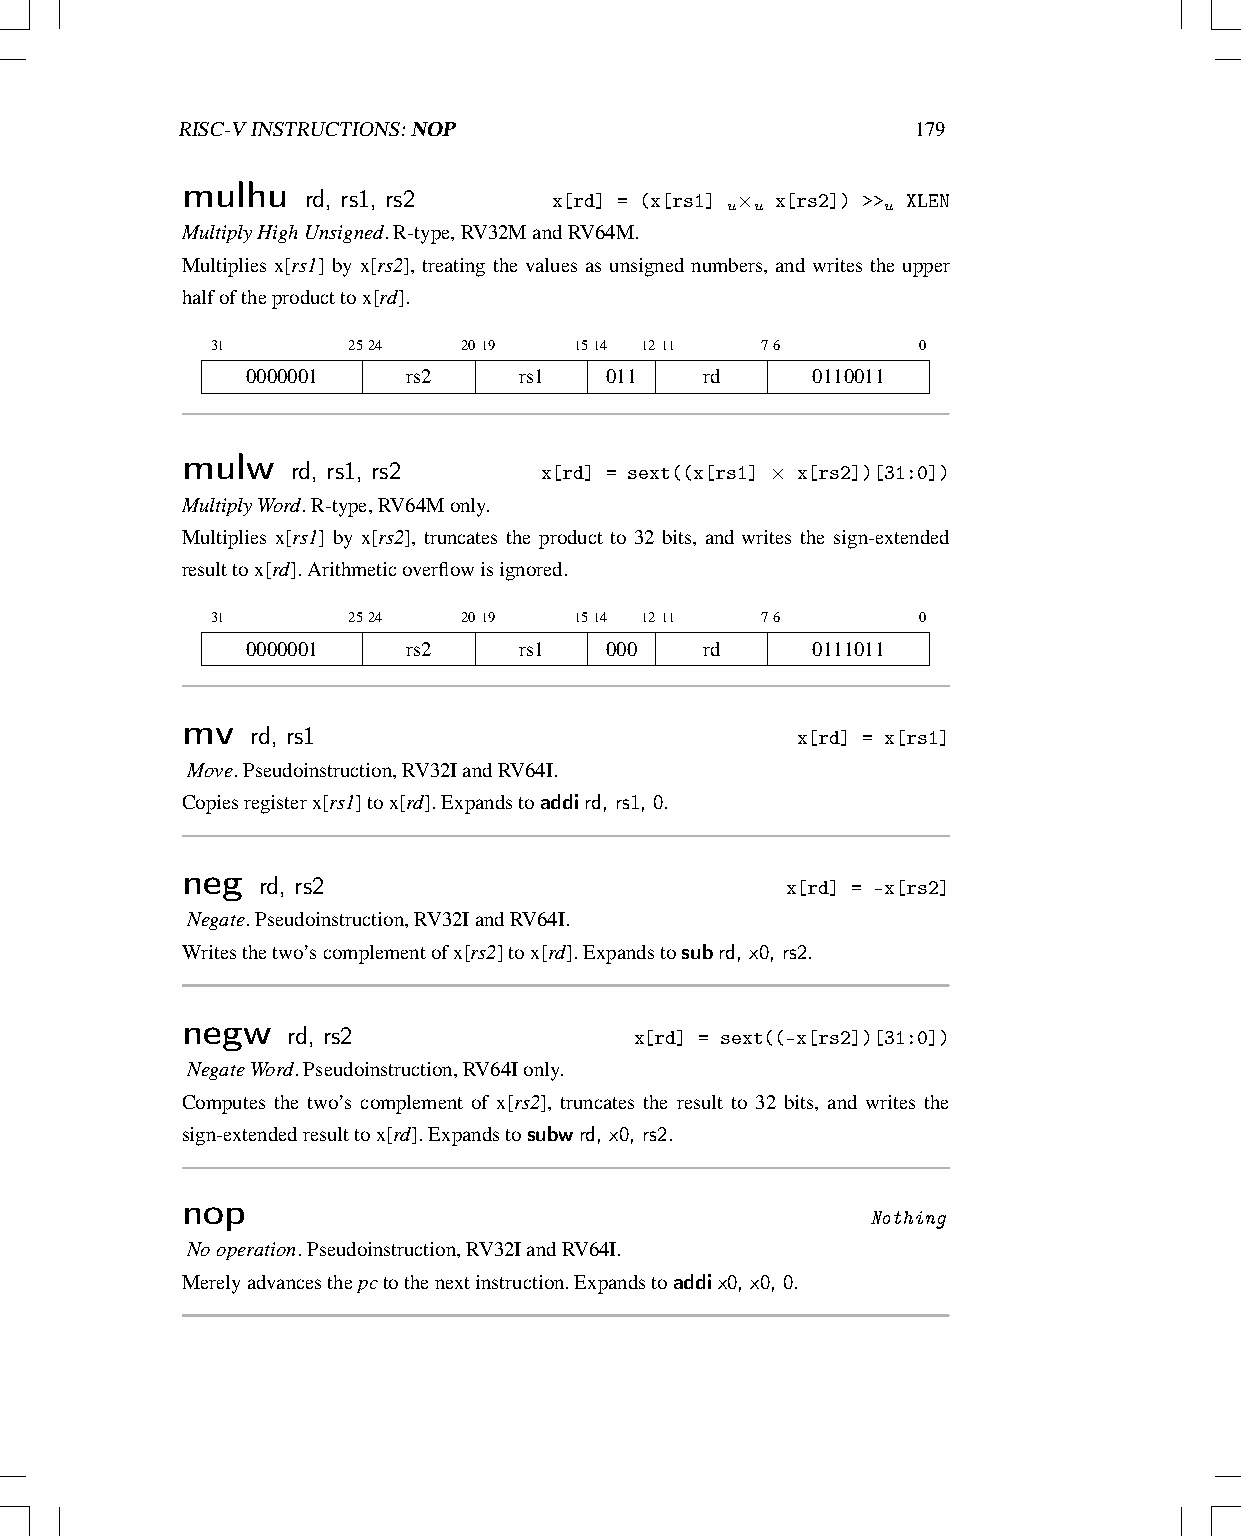
RISC-VINSTRUCTIONS:NOP                           179
 mulhu   rd, rs1, rs2     x[rd] = (x[rs1] u× u x[rs2]) >>u XLEN
 MultiplyHighUnsigned.R-type,RV32MandRV64M.
 Multiplies x[rs1] by x[rs2], treating the values as unsigned numbers, and writes the upper
 halfoftheproducttox[rd].
 31       2524    2019   1514 1211   76         0
 0000001    rs2    rs1   011    rd     0110011
 mulw   rd, rs1, rs2     x[rd] = sext((x[rs1] × x[rs2])[31:0])
 MultiplyWord.R-type,RV64Monly.
 Multiplies x[rs1] by x[rs2], truncates the product to 32 bits, and writes the sign-extended
 resulttox[rd].Arithmeticoverflowisignored.
 31       2524    2019   1514 1211   76         0
 0000001    rs2    rs1   000    rd     0111011
 mv   rd, rs1
 x[rd] = x[rs1]
 Move.Pseudoinstruction,RV32IandRV64I.
 Copiesregisterx[rs1]tox[rd].Expandstoaddird, rs1, 0.
 neg  rd, rs2
 x[rd] = -x[rs2]
 Negate.Pseudoinstruction,RV32IandRV64I.
 Writesthetwo’scomplementofx[rs2]tox[rd].Expandstosubrd, x0, rs2.
 negw   rd, rs2
 x[rd] = sext((-x[rs2])[31:0])
 NegateWord.Pseudoinstruction,RV64Ionly.
 Computes the two’s complement of x[rs2], truncates the result to 32 bits, and writes the
 sign-extendedresulttox[rd].Expandstosubwrd, x0, rs2.
 nop
 Nothing
 Nooperation.Pseudoinstruction,RV32IandRV64I.
 Merelyadvancesthepctothenextinstruction.Expandstoaddix0, x0, 0.